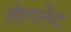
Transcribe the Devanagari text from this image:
तौनामेंट